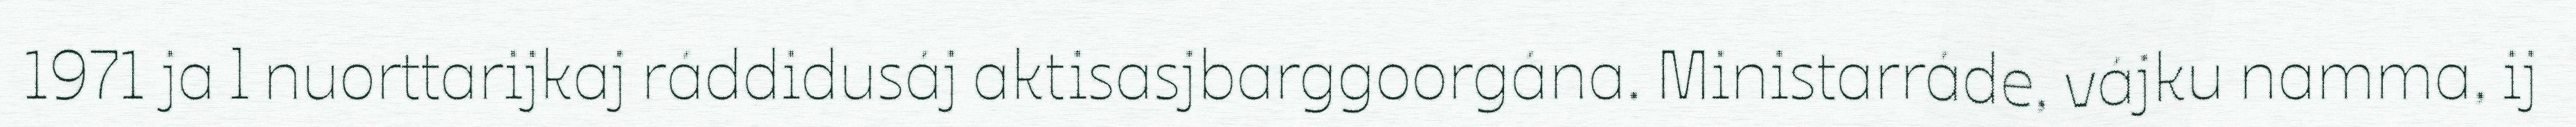
1971 ja l nuorttarijkaj ráddidusáj aktisasjbarggoorgána. Ministarráde, vájku namma, ij